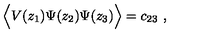
\Big \langle V ( z _ { 1 } ) \Psi ( z _ { 2 } ) \Psi ( z _ { 3 } ) \Big \rangle = c _ { 2 3 } \ ,